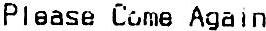
PLEASE COME AGAIN